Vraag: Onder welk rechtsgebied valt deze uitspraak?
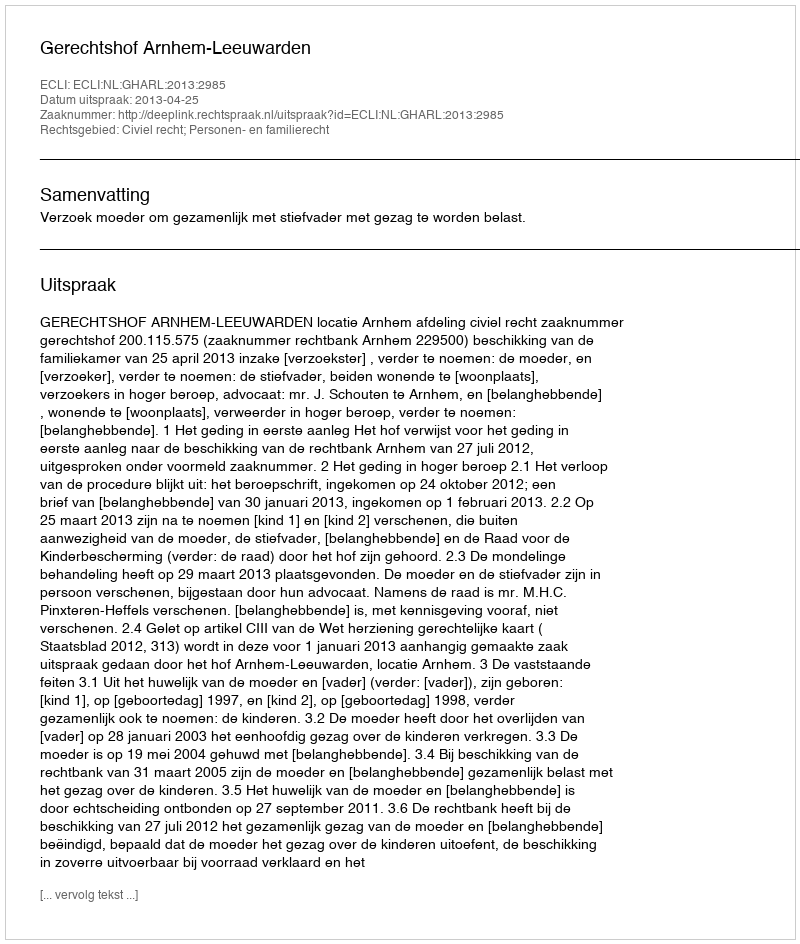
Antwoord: Civiel recht; Personen- en familierecht